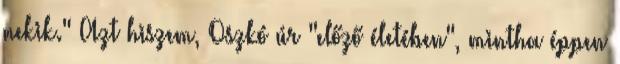
nekik." Azt hiszem, Oszkó úr "előző életében", mintha éppen